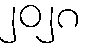
၂၀၂၈